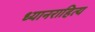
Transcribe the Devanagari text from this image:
ध्यानराहित्य